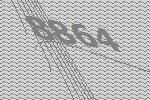
8864